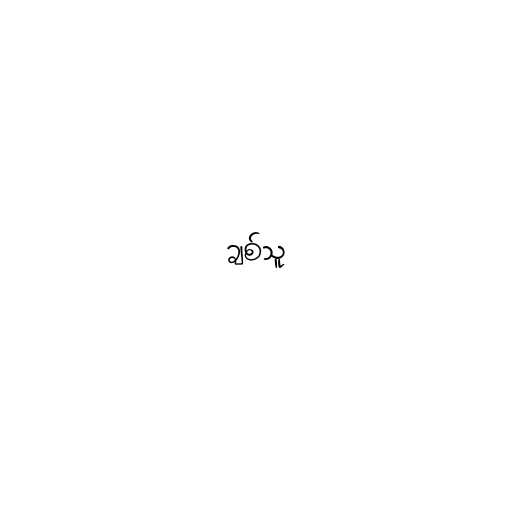
ချစ်သူ